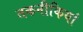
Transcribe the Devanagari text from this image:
तकनीकियां